Annual report of the Bengal Veterinary College and of the Civil Veterinary Department, Bengal, for the year 1919-20 - 1919-1920
Year: 1919
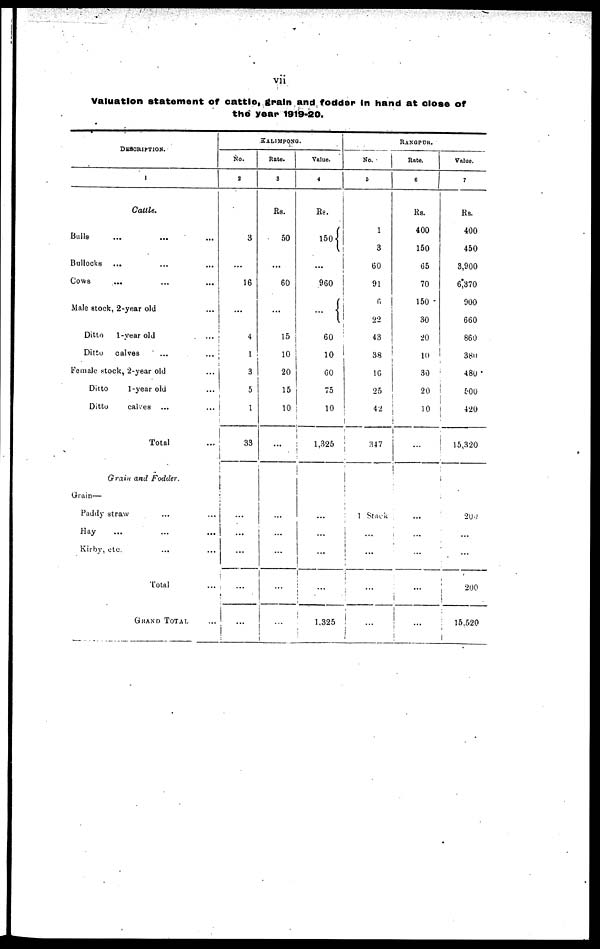
vii
Valuation statement of cattle, grain and fodder in hand at close of
the year 1919-20.
DESCRIPTION.
1
Cattle.
Bulls ... ... ...
Bullocks ... ... ...
Cows ... ... ...
Male stock, 2-year old ...
Ditto
1-year old ...
Ditto
calves ... ...
Female stock, 2-year old ...
Ditto
1-year old ...
Ditto
calses ... ...
Total ...
Grain and Fodder
Grain—
Paddy straw ... ...
Hay ... ... ...
Kinby, etc ... ...
Total ...
GRAND TOTAL ...
KALIMPONG.
No.
2
3
...
16
...
4
1
3
5
1
33
...
...
...
...
...
Rate.
3
Rs.
50
...
60
...
15
10
20
15
10
...
...
...
...
...
......
Value.
4
Rs.
150
...
960
...
60
10
60
75
10
1,325
...
...
...
...
1.325
RANGPUR.
No.
5
1
3
60
91
6
22
43
38
16
25
42
147
1 Stock
...
...
...
...
Rate.
6
Rs.
400
150
65
70
150
30
20
10
30
20
10
...
...
...
...
...
...
Value.
7
Rs.
400
450
3,900
6,370
900
660
860
380
480
500
420
15,320
200
...
...
200
15,520